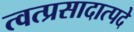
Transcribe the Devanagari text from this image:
त्वत्प्रसादात्पदे